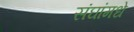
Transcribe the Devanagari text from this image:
संघांमधे